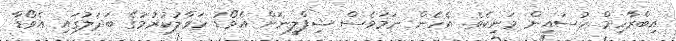
އިބްރާހިމް ހުސައިން މަނިކެވެ. އެހެން ނަމަވެސް ޝިފްލީނަށް އެވޯޑު ހަވާލުކުރުމުގެ ބަދަލުގައި އެވޯޑާ